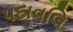
પદાવલિ